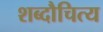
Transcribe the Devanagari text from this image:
शब्दौचित्य